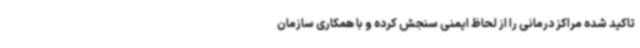
تاکید شده مراکز درمانی را از لحاظ ایمنی سنجش کرده و با همکاری سازمان